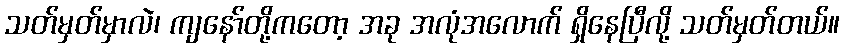
သတ်မှတ်မှာလဲ၊ ကျနော်တို့ကတော့ အခု အလုံအလောက် ရှိနေပြီလို့ သတ်မှတ်တယ်။